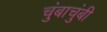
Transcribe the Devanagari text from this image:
चुंबाचुंबी